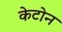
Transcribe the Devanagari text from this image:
केटोन